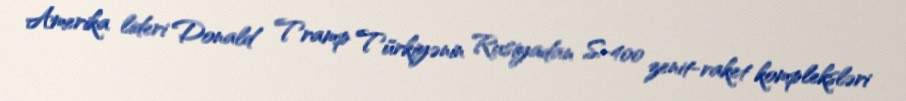
Amerika lideri Donald Tramp Türkiyənin Rusiyadan S-400 zenit-raket kompleksləri